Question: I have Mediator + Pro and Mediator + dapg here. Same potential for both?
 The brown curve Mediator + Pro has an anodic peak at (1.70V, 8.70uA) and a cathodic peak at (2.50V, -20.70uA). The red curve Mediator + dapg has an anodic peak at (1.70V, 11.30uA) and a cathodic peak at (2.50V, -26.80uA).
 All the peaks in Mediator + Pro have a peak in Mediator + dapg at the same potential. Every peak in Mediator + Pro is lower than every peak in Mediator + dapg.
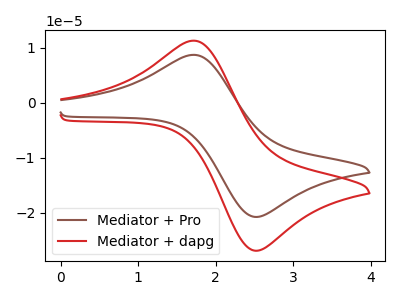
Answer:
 <answer>"Mediator + Pro" and "Mediator + dapg" are similar in shape.</answer>
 <eval>same_shape</eval>